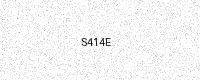
Text: S414E